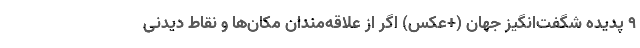
9 پدیده شگفت‌انگیز جهان (+عکس) اگر از علاقه‌مندان مکان‌ها و نقاط دیدنی